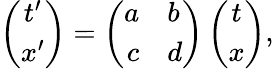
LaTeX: \left(\begin{array}{c}{{t^{\prime}}}\\ {{x^{\prime}}}\end{array}\right)=\left(\begin{array}{rl}{{a}}&{{b}}\\ {{c}}&{{d}}\end{array}\right)\left(\begin{array}{c}{{t}}\\ {{x}}\end{array}\right),